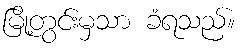
မြို့တွင်းမှသာ ခံရသည်။